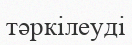
тәркілеуді